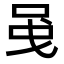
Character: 𠲁